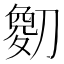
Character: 𫦘